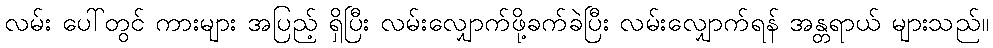
လမ်း ပေါ်တွင် ကားများ အပြည့် ရှိပြီး လမ်းလျှောက်ဖို့ခက်ခဲပြီး လမ်းလျှောက်ရန် အန္တရာယ် များသည်။